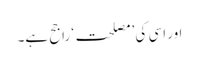
اور اسی کی ’مصلحت‘ راجح ہے۔